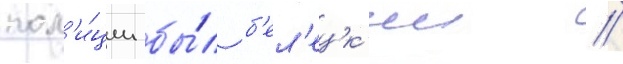
пол'и́ции бы́л б'ел'ецк'ии //